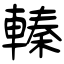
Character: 轃